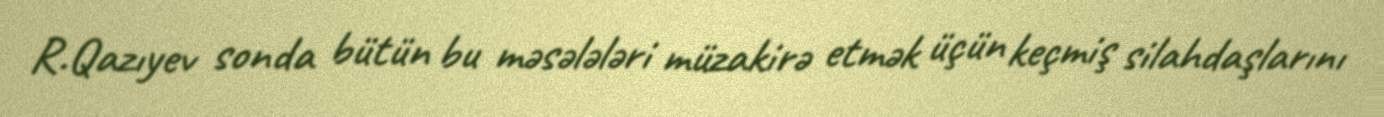
R.Qazıyev sonda bütün bu məsələləri müzakirə etmək üçün keçmiş silahdaşlarını